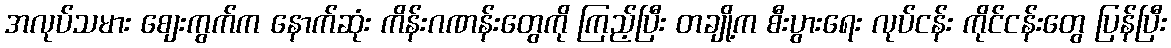
အလုပ်သမား စျေးကွက်က နောက်ဆုံး ကိန်းဂဏန်းတွေကို ကြည့်ပြီး တချို့က စီးပွားရေး လုပ်ငန်း ကိုင်ငန်းတွေ ပြန်ပြီး